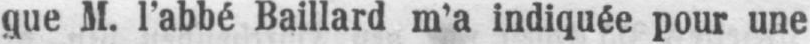
que M. l’abbé Baillard m’a indiquée pour une